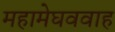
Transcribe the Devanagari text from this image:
महामेघववाह